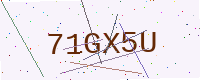
Text: 71GX5U